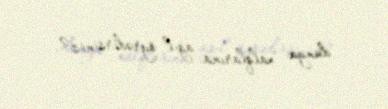
dünya xalqlarına ağıl öyrədirsiniz?.